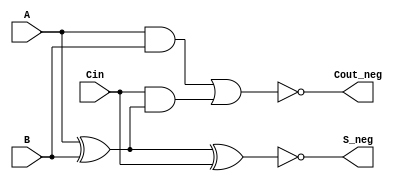
module Negative_Circuit_Full_Adder (
    input wire A,      // First input bit
    input wire B,      // Second input bit
    input wire Cin,    // Carry-in bit
    output wire S_neg, // Negative sum output
    output wire Cout_neg // Negative carry-out output
);

    // Internal signals for positive logic
    wire S;           // Positive sum output
    wire Cout;        // Positive carry-out output
    wire AB;          // A AND B
    wire A_xor_B;     // A XOR B

    // Compute positive logic outputs
    assign A_xor_B = A ^ B;               // A XOR B
    assign S = A_xor_B ^ Cin;             // S = A XOR B XOR Cin
    assign AB = A & B;                     // A AND B
    assign Cout = AB | (Cin & A_xor_B);   // Cout = (A AND B) OR (Cin AND (A XOR B))

    // Invert outputs for negative logic
    assign S_neg = ~S;                     // Negative sum output
    assign Cout_neg = ~Cout;               // Negative carry-out output

endmodule